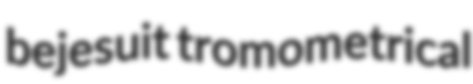
bejesuit tromometrical